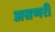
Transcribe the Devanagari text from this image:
असणरी